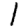
Digit: 1